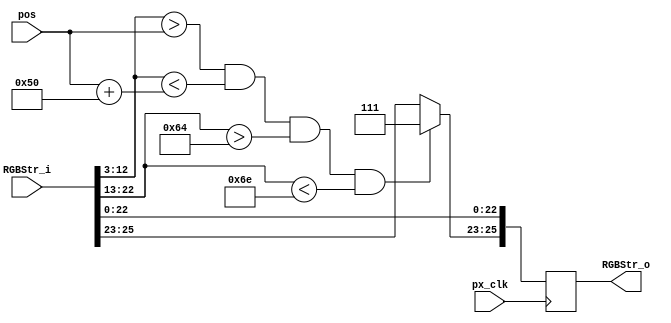
//////////////////////////////////////////////////////////////////////////////////
// Company: Ridotech
// 
// Module Name: PxsPlayer
// Description: Draw a player in a stream RGB.
//
// Dependencies: 
//
// Revision: 
// Revision 0.01 - File Created
//
// Additional Comments:
//
//////////////////////////////////////////////////////////////////////////////////
module PxsPlayer
#(
   parameter type = 1'b0,          // Type of player. [Horizontal, Vertical]
   parameter pos_offset = 100      // Offset from border.
)(
   input wire        px_clk,       // Pixel clock.
   input wire [25:0] RGBStr_i,     // Input RGB stream.
   input wire [9:0]  pos,          // Player position. 
   output reg [25:0] RGBStr_o      // Output RGB stream.
);

// Alias 
`define Active 0:0
`define VS 1:1
`define HS 2:2
`define YC 12:3
`define XC 22:13
`define R 23:23
`define G 24:24
`define B 25:25
`define RGB 25:23
`define VGA 22:0
   
// Player dimension.
parameter size_player = 80;
parameter width_player = 10;

localparam width_screen = 640;
localparam height_screen = 480;

parameter [3:0] white = 3'b111;

// Task 1: Draw player.
always @(posedge px_clk)
begin
    // Clone VGA stream in a RGB stream.
    RGBStr_o[`VGA] <= RGBStr_i[`VGA];

    // Which player type?
    case (type)
        // Vertical player.
        1'b0 :
             begin
             RGBStr_o[`RGB] <= (
                               (RGBStr_i[`YC] > pos) && (RGBStr_i[`YC] < pos+size_player) &&
                               (RGBStr_i[`XC] > pos_offset) && (RGBStr_i[`XC] < pos_offset + width_player)
                               ) ? white : RGBStr_i[`RGB];
             end

             // Horizontal player.
        1'b1 :
             begin
             RGBStr_o[`RGB] <= (
                               (RGBStr_i[`XC] > pos) && (RGBStr_i[`XC] < pos+size_player) &&
                               (RGBStr_i[`YC] > pos_offset) && (RGBStr_i[`YC] < pos_offset + width_player)
                               ) ? white : RGBStr_i[`RGB];
             end
/*
        // Some error in type -> player RED.
        default :
            begin
            RGBStr_o[`RGB] <= (
                              (RGBStr_i[`XC] > pos) && (RGBStr_i[`XC] < pos+size_player) &&
                              (RGBStr_i[`YC] > pos_offset) && (RGBStr_i[`YC] < pos_offset + width_player)
                               ) ? 3'b100 : RGBStr_i[`RGB];
            end
*/
    endcase
end

endmodule